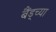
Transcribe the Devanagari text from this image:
बैंड्च्या